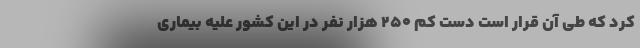
کرد که طی آن قرار است دست کم ۲۵۰ هزار نفر در این کشور علیه بیماری